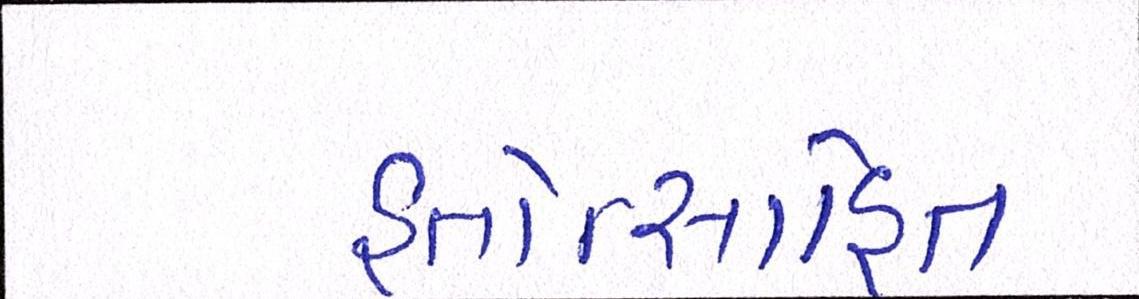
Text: હતોત્સાહિત